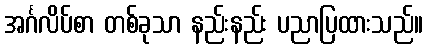
အင်္ဂလိပ်စာ တစ်ခုသာ နည်းနည်း ပညာပြထားသည်။